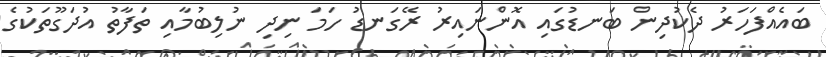
ބައެއްފަހަރު ދެކުދިން ބަނޑުގައި އޮންނައިރު ރޭގަނޑު ހަމަ ނިދި ނުލިބުމާއި ތަފާތު އުދަގޫތަކުގެ